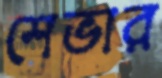
শেভার